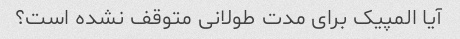
آیا المپیک برای مدت طولانی متوقف نشده است؟